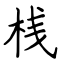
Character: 桟